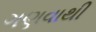
ગણવાથી